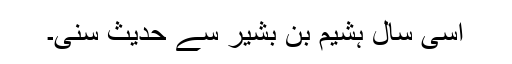
اسی سال ہشیم بن بشیر سے حدیث سنی۔